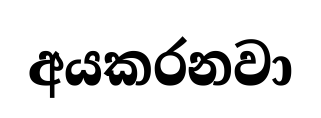
අයකරනවා